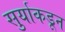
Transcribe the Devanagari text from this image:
सुर्याकडून